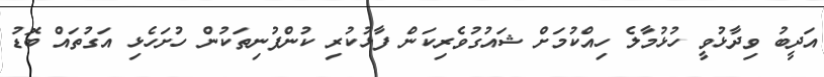
އަދީބު ވިދާޅުވީ ހުޅުމާލެ ހިއްކުމަށް ޝައުގުވެރިކަން ފާޅުކުރި ކުންފުނިތަކުން ހުށަހެޅި އަގުތައް ބޮޑު